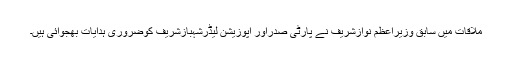
ملاقات میں سابق وزیراعظم نوازشریف نے پارٹی صدراور اپوزیشن لیڈرشہبازشریف کوضروری ہدایات بھجوائی ہیں۔